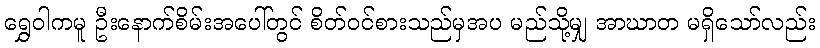
ရွှေဝါကမူ ဦးနောက်စိမ်းအပေါ်တွင် စိတ်ဝင်စားသည်မှအပ မည်သို့မျှ အာဃာတ မရှိသော်လည်း